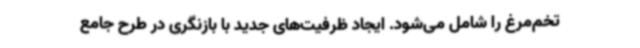
تخم‌مرغ را شامل می‌شود. ایجاد ظرفیت‌های جدید با بازنگری در طرح جامع